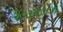
રીવરસાઇડના